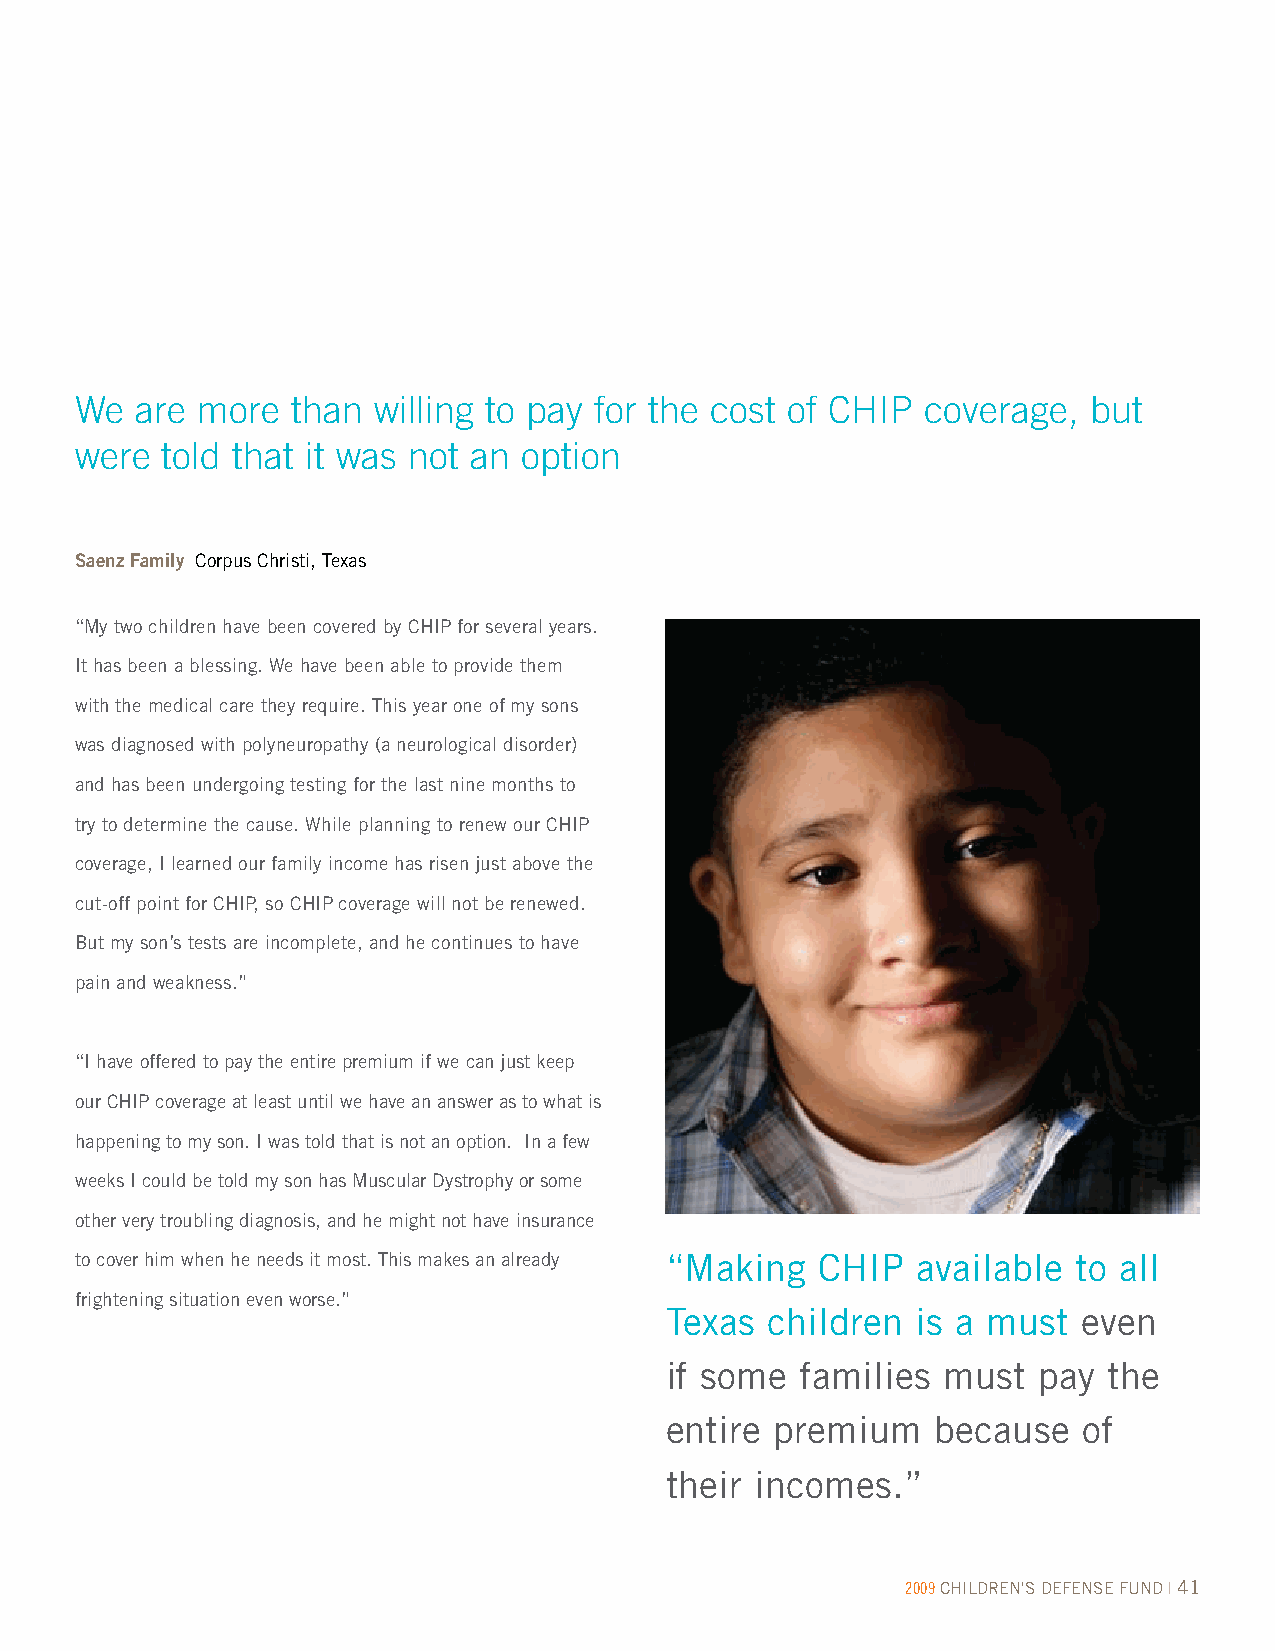
We  are more  than  willing to pay for the cost of CHIP coverage,  but
 were  told that it was not an option
 Saenz Family Corpus Christi, Texas
 “My two children have been covered by CHIP for several years.
 It has been a blessing. We have been able to provide them
 with the medical care they require. This year one of my sons
 was diagnosed with polyneuropathy (a neurological disorder)
 and has been undergoing testing for the last nine months to
 try to determine the cause. While planning to renew our CHIP
 coverage, I learned our family income has risen just above the
 cut-off point for CHIP, so CHIP coverage will not be renewed.
 But my son’s tests are incomplete, and he continues to have
 pain and weakness.”
 “I have offered to pay the entire premium if we can just keep
 our CHIP coverage at least until we have an answer as to what is
 happening to my son. I was told that is not an option. In a few
 weeks I could be told my son has Muscular Dystrophy or some
 other very troubling diagnosis, and he might not have insurance
 to cover him when he needs it most. This makes an already “Making CHIP available to all
 frightening situation even worse.”
 Texas  children  is a must  even
 if some  families must   pay the
 entire premium    because   of
 their incomes.”
 2009 CHILDREN'S DEFENSE FUND | 41